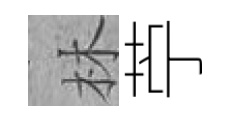
林苧